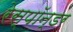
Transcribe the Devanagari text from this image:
रेस्पॉन्डर